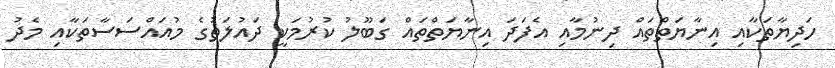
ހަދިޔާތަކާއި އިނާޔަތްތައް ދިނުމާއި އެފަދަ އިނާޔަތްތައްް ގަބޫލު ކުރުމަކީ ދައުލަތުގެ މުއައްސަސާތަކާއި މެދު